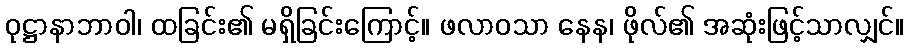
ဝုဋ္ဌာနာဘာဝါ၊ ထခြင်း၏ မရှိခြင်းကြောင့်။ ဖလာဝသာ နေန၊ ဖိုလ်၏ အဆုံးဖြင့်သာလျှင်။